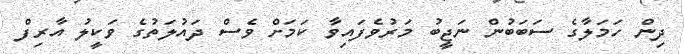
ދިން ހަމަލާގެ ސަބަބުން ނަޖީބު މަރުވެފައިވާ ކަމަށް ވެސް ދައުލަތުގެ ވަކީލު އާރިފް